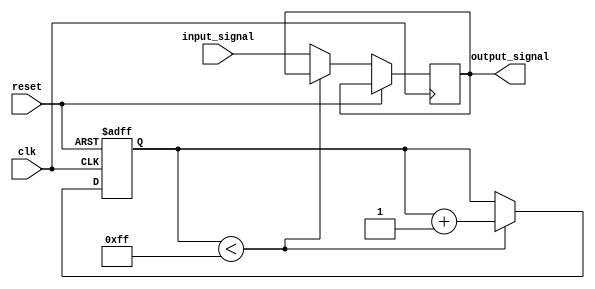
module buffer_delay(
    input wire clk,
    input wire reset,
    input wire input_signal,
    output reg output_signal
);

reg [7:0] delay_count;

always @(posedge clk or posedge reset) begin
    if (reset) begin
        delay_count <= 8'b00000000;
    end else begin
        if (delay_count < 8'b11111111) begin
            delay_count <= delay_count + 1;
        end else begin
            output_signal <= input_signal;
        end
    end
end

endmodule